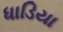
ધાડિયા